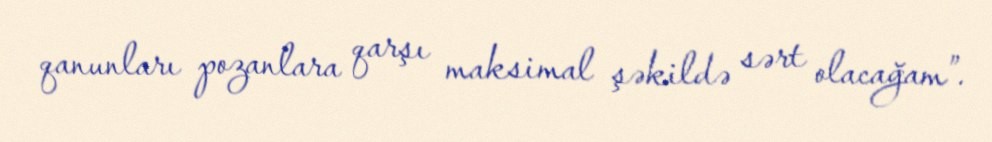
qanunları pozanlara qarşı maksimal şəkildə sərt olacağam”.